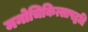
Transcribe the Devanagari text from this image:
मनोचिकित्सापद्धति